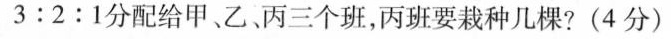
$$3 : 2 : 1$$分配给甲、乙丙三个班，丙班要栽种几棵?(4分)